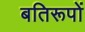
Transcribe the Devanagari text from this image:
बतिरूपों